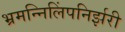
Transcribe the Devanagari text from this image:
भ्रमन्निलिंपनिर्झरी